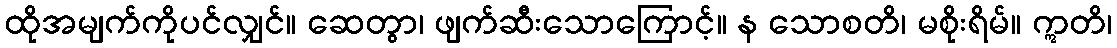
ထိုအမျက်ကိုပင်လျှင်။ ဆေတွာ၊ ဖျက်ဆီးသောကြောင့်။ န သောစတိ၊ မစိုးရိမ်။ ဣတိ၊